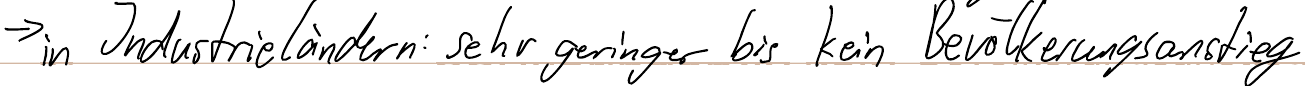
-> in Industrieländern: sehr geringer bis kein Bevölkerungsanstieg